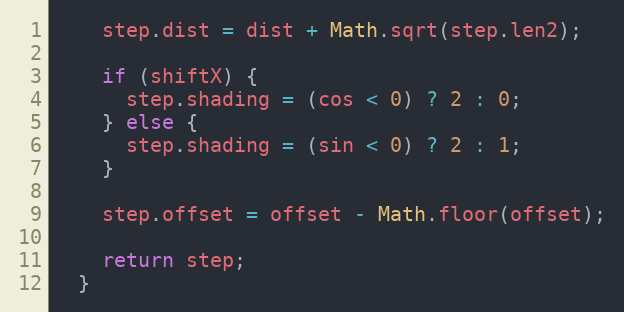
Language: JavaScript
    step.dist = dist + Math.sqrt(step.len2);

    if (shiftX) {
      step.shading = (cos < 0) ? 2 : 0;
    } else {
      step.shading = (sin < 0) ? 2 : 1;
    }

    step.offset = offset - Math.floor(offset);

    return step;
  }